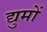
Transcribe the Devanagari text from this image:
द्युमों